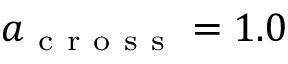
a _ { \mathrm { ~ c ~ r ~ o ~ s ~ s ~ } } = 1 . 0